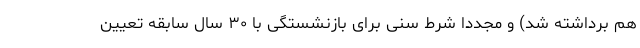
هم برداشته شد) و مجدداً شرط سنی برای بازنشستگی با ۳۰ سال سابقه تعیین